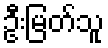
ဦးမြတ်သူ